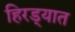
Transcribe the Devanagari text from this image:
हिरड्यात